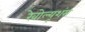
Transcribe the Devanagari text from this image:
रेवोल्यूशंस